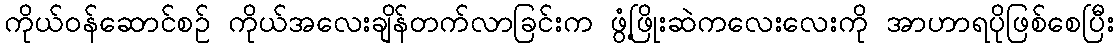
ကိုယ်ဝန်ဆောင်စဉ် ကိုယ်အလေးချိန်တက်လာခြင်းက ဖွံ့ဖြိုးဆဲကလေးလေးကို အာဟာရပိုဖြစ်စေပြီး